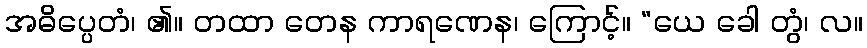
အဓိပ္ပေတံ၊ ၏။ တထာ တေန ကာရဏေန၊ ကြောင့်။ “ယေ ခေါ တွံ၊ လ။